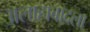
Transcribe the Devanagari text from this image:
अलाहाबादला